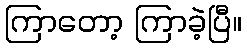
ကြာတော့ ကြာခဲ့ပြီ။